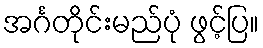
အင်္ဂတိုင်းမည်ပုံ ဖွင့်ပြ။